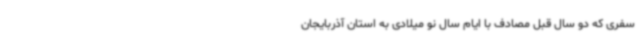
سفری که دو سال قبل مصادف با ایام سال نو میلادی به استان آذربایجان